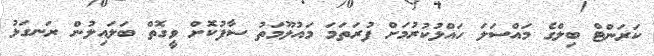
ކަރަންޓް ބިލްގެ މައްސަލަ ހައްލުކުރުމަށް ފުރަތަމަ މައުލޫމަތު ސާފުކޮޮށް ވީގޮތް ބަލައިލުން ރަނގަޅު